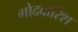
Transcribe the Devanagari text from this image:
गोदवारिश